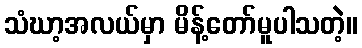
သံဃာ့အလယ်မှာ မိန့်တော်မူပါသတဲ့။